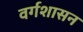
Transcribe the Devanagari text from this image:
वर्गशासन